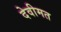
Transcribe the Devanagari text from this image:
देवीमत